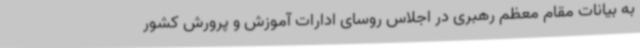
به بیانات مقام معظم رهبری در اجلاس روسای ادارات آموزش و پرورش کشور